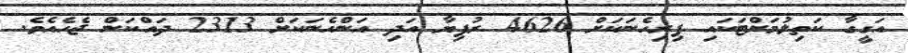
އަގީގާ ކަތިލުމަށްޓަކައި ފިރިހެނަކަށް 4626 ރުފިޔާ އަދި އަންހެނަކަށް 2313 ދައްކަން ޖެހެއެވެ.